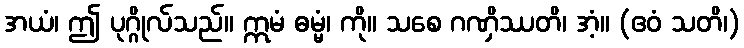
အယံ၊ ဤ ပုဂ္ဂိုလ်သည်။ ဣမံ ဓမ္မံ၊ ကို။ သစေ ဂဏှိဿတိ၊ အံ့။ (ဧဝံ သတိ၊)